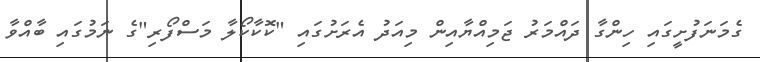
ގެމަނަފުށީގައި ހިންގާ ދައްމަރު ޖަމިއްޔާއިން މިއަދު އެރަށުގައި "ކޮކާކޯލާ މަސްފޯރި"ގެ ނަމުގައި ބާއްވާ